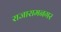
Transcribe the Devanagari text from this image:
राजारामनगर